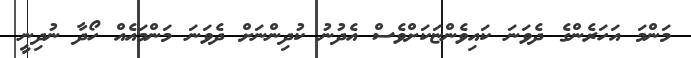
މަންމަ އަހަރެންގެ ދެވަނަ ކައިވެންޏަކަށްވެސް އެދުނު ކުދިންނަށް ދެވަނަ މަންމައެއް ހޯދާ ނުދިނީ